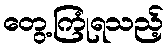
တွေ့ကြုံရသည့်